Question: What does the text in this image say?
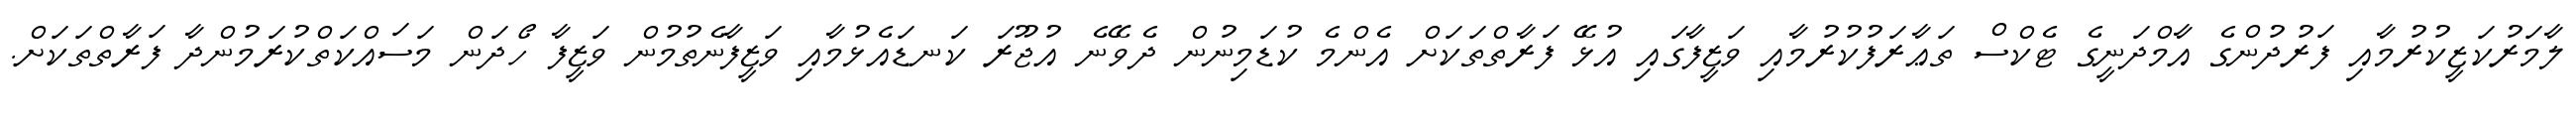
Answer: ލާމަރުކަޒީކުރުމާއި ފަރުދުންގެ އާމްދަނީގެ ޓެކްސް ތަޢާރަފުކުރުމާއި ވަޒީފާގައި އުޅޭ ފަރާތްތަކަށް އެންމެ ކުޑަމިނުން ދެވޭނެ އުޖޫރަ ކަނޑައެޅުމާއި ވަޒީފާނެތުމުން ވަޒީފާ ހޯދަން މަސައްކަތްކުރަމުންދާ ފަރާތްތަކަށް.